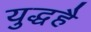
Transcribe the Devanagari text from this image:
युद्धहै